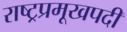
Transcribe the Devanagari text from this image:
राष्ट्रप्रमूखपदी